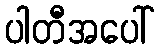
ပါတီအပေါ်